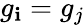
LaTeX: g_{\mathbf{i}}=g_{j}